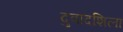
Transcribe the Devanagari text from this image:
दुवादशिला